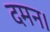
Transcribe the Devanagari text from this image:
दमन।